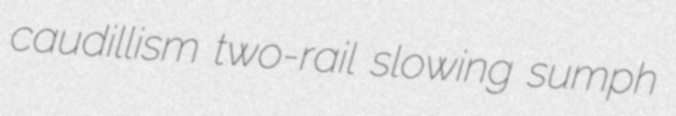
caudillism two-rail slowing sumph